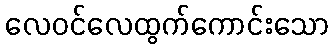
လေဝင်လေထွက်ကောင်းသော